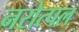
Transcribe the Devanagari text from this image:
नरोत्पल